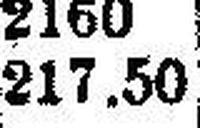
217.50